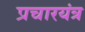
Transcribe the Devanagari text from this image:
प्रचारयंत्र